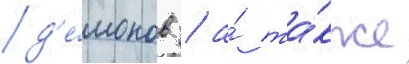
д'е́монов / а́ та́кже